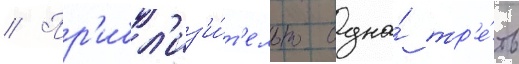
// Пр'ибл'из'и́т'ельно одна́ тр'е́ть